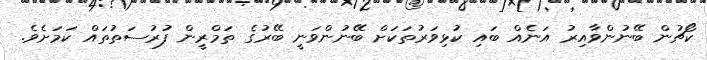
ކޯޗުން ބޭނުންވާއިރު އަނެއް ބައި ކުޅިވަރުތަކަށް ބޭނުންވަނީ ބޭރުގެ ތަމްރީން ފުރުސަތުތައް ކަމަށެވެ.